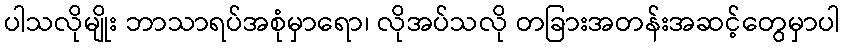
ပါသလိုမျိုး ဘာသာရပ်အစုံမှာရော၊ လိုအပ်သလို တခြားအတန်းအဆင့်တွေမှာပါ